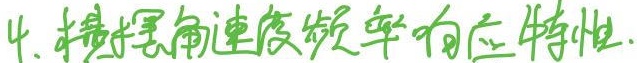
4. 求摆角速度频率响应特性.